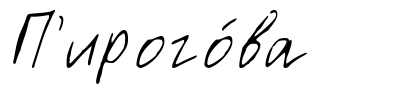
П'ирого́ва